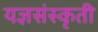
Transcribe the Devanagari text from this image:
यज्ञसंस्कृती